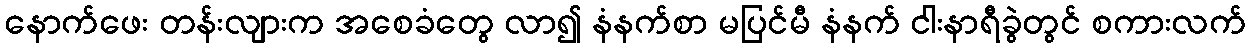
နောက်ဖေး တန်းလျားက အစေခံတွေ လာ၍ နံနက်စာ မပြင်မီ နံနက် ငါးနာရီခွဲတွင် စကားလက်